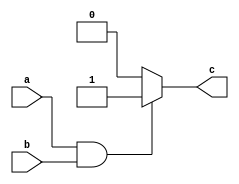
module conditional_behavioral_block (
    input wire a,
    input wire b,
    output reg c
);

initial begin
    if (a & b) begin
        c <= 1;
    end else begin
        c <= 0;
    end
end

endmodule